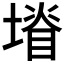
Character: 𭏩